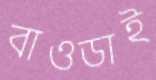
বাওডাই